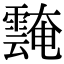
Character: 𩅝